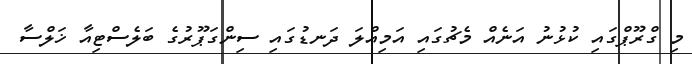
މި ގްރޫޕްގައި ކުޅުނު އަނެއް މެޗުގައި އަމިއްލަ ދަނޑުގައި ސިންގަޕޫރުގެ ބަލެސްޓިއާ ޚަލްސާ